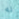
له